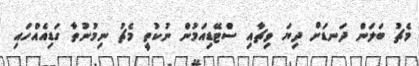
މެޗު ބަލަން ދަނޑަށް ދިޔަ ވިޗާއި ސްޓޭޑިއަމުން ނުކުތީ މެޗު ނިމުނުތާ ގަޑިއެއްހައި